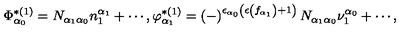
\Phi _ { \alpha _ { 0 } } ^ { * ( 1 ) } = N _ { \alpha _ { 1 } \alpha _ { 0 } } n _ { 1 } ^ { \alpha _ { 1 } } + \cdots , \varphi _ { \alpha _ { 1 } } ^ { * ( 1 ) } = \left( - \right) ^ { \epsilon _ { \alpha _ { 0 } } \left( \epsilon \left( f _ { \alpha _ { 1 } } \right) + 1 \right) } N _ { \alpha _ { 1 } \alpha _ { 0 } } \nu _ { 1 } ^ { \alpha _ { 0 } } + \cdots ,